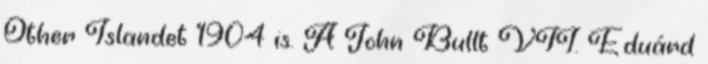
Other Islandet 1904 is. A John Bullt VII. Eduárd